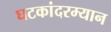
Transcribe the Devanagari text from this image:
घटकांदरम्यान